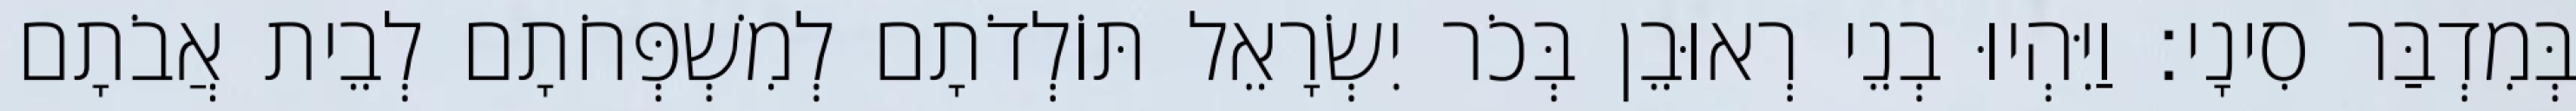
בְּמִדְבַּר סִינָי׃ וַיִּהְיוּ בְנֵי רְאוּבֵן בְּכֹר יִשְׂרָאֵל תּוֹלְדֹתָם לְמִשְׁפְּחֹתָם לְבֵית אֲבֹתָם